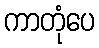
ကာတုံပေ